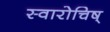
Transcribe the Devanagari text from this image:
स्वारोचिष्‌